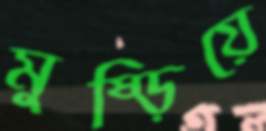
মুষ্‌ড়িয়ে